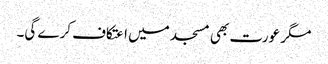
مگر عورت بھی مسجد میں اعتکاف کرے گی۔